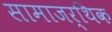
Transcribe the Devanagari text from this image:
सामाजर्थिक